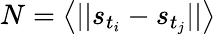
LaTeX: N=\left<||s_{t_{i}}-s_{t_{j}}||\right>